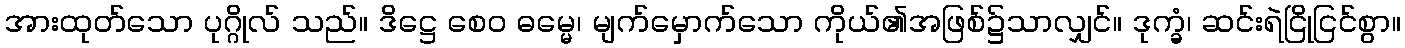
အားထုတ်သော ပုဂ္ဂိုလ် သည်။ ဒိဋ္ဌေ စေဝ ဓမ္မေ၊ မျက်မှောက်သော ကိုယ်၏အဖြစ်၌သာလျှင်။ ဒုက္ခံ၊ ဆင်းရဲငြိုငြင်စွာ။